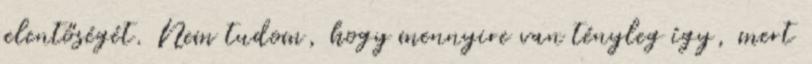
jelentőségét. Nem tudom, hogy mennyire van tényleg így, mert